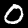
Digit: 0